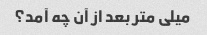
میلی متر بعد از آن چه آمد؟